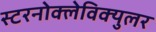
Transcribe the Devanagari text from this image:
स्टरनोक्लेविक्युलर